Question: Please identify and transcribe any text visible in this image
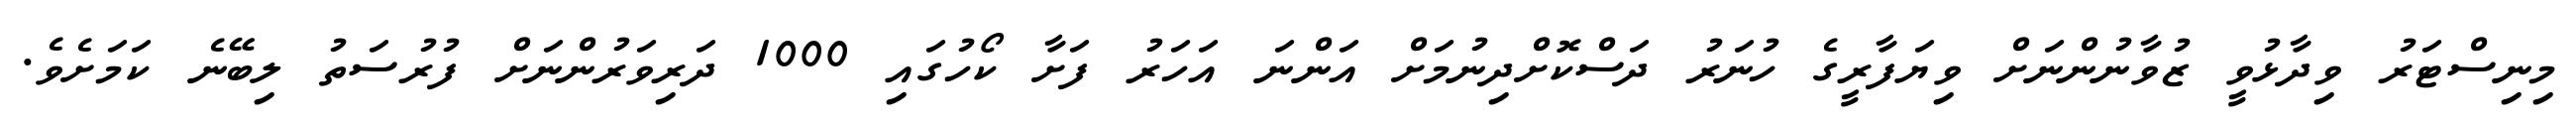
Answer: މިނިސްޓަރު ވިދާޅުވީ ޒުވާނުންނަށް ވިޔަފާރީގެ ހުނަރު ދަސްކޮށްދިނުމަށް އަންނަ އަހަރު ފަށާ ކޯހުގައި 1000 ދަރިވަރުންނަށް ފުރުސަތު ލިބޭނެ ކަމަށެވެ.